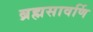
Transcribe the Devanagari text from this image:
ब्रह्मसावर्णि